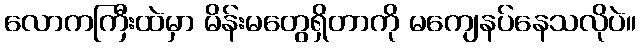
လောကကြီးထဲမှာ မိန်းမတွေရှိတာကို မကျေနပ်နေသလိုပဲ။